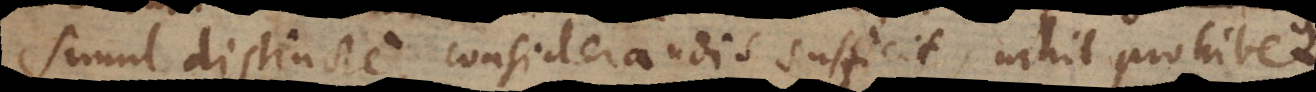
simul distincte considerandis sufficit, nihil prohibet